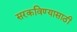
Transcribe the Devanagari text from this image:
सरकविण्यासाठी